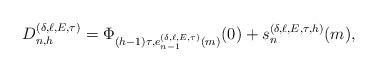
LaTeX: \begin{align*}D^{(\delta,\ell,E,\tau)}_{n,h}= \Phi_{(h-1)\tau,e^{(\delta,\ell,E,\tau)}_{n-1}(m)}(0)+s^{(\delta,\ell,E,\tau,h)}_{n}(m), \end{align*}